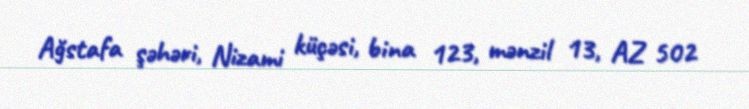
Ağstafa şəhəri, Nizami küçəsi, bina 123, mənzil 13, AZ 502